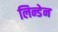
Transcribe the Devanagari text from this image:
लिन्डेन